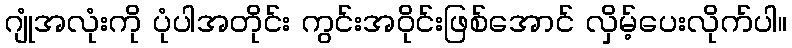
ဂျုံအလုံးကို ပုံပါအတိုင်း ကွင်းအဝိုင်းဖြစ်အောင် လှိမ့်ပေးလိုက်ပါ။